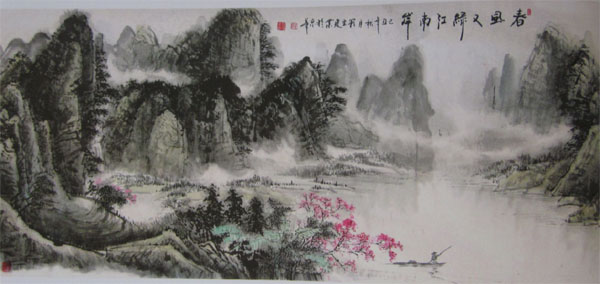
中原事业如江左，芳草何须怨六朝。